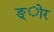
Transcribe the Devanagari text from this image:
ङ्ोर